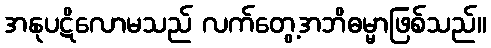
အနုပဋိလောမသည် လက်တွေ့အဘိဓမ္မာဖြစ်သည်။